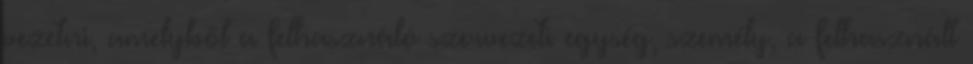
vezetni, amelyből a felhasználó szervezeti egység, személy, a felhasznált